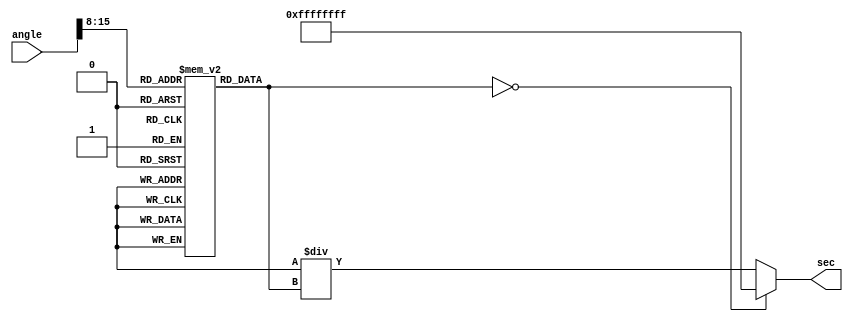
module secant_function (
    input wire [15:0] angle, // Input angle (in radians) - fixed-point 16 bits
    output reg [31:0] sec    // Output secant value - fixed-point 32 bits
);

    // Parameters
    parameter FRACTIONAL_BITS = 16;
    parameter TABLE_SIZE = 256;
    
    // Look-up table for cosine values (16 bits fixed-point)
    reg [15:0] cos_table [0:TABLE_SIZE-1]; // Cosine table for -pi/2 to pi/2
    initial begin
        // Initialize the cosine lookup table with values based on angle
        // This should be filled with precomputed cosine values for
        // angles (in quantized fixed-point representation).
        // Example values (only a few initialized for demonstration):
        // cos_table[0] = 16'h4000;  // cos(0) = 1.0
        // cos_table[64] = 16'h0000;  // cos(pi/2) = 0.0
        // ...
        // Full initialization required for the real implementation
    end

    wire [15:0] cos_value;
    wire [31:0] recip; // Reciprocals are 32-bits to avoid overflow

    // Cosine Calculation (simple lookup)
    assign cos_value = cos_table[angle[15:8]]; // Assuming angle is in range [0 to 255]

    // Reciprocal Calculation
    always @* begin
        if (cos_value == 16'h0000) begin
            // Handle the case when cosine is zero (overflow for secant)
            sec = 32'hFFFFFFFF; // or some large value representation
        end else begin
            // Calculate reciprocal
            // Example using an approximate method; can be replaced with an exact method such as Newton-Raphson
            recip = (1 << 32) / cos_value; // Compute fixed-point reciprocal
            sec = recip; // Assign the secant value
        end
    end

endmodule